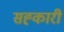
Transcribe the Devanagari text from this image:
सह्कारी